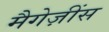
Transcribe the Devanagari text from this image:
मैगेज़ींस